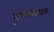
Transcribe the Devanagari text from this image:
दुग्धोत्पादक